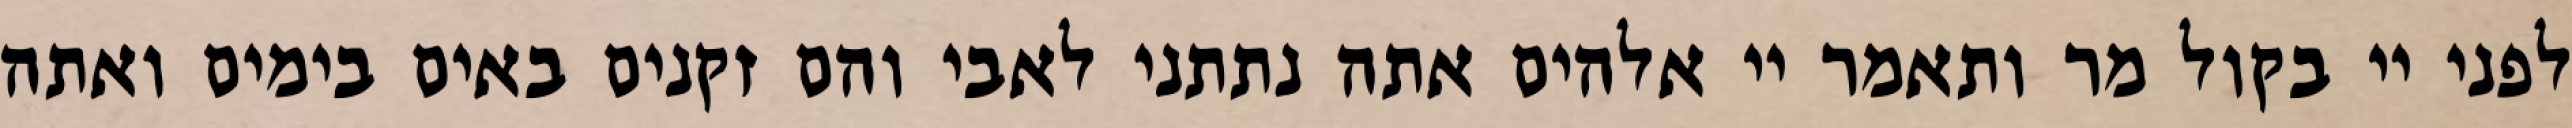
לפני יי בקול מר ותאמר יי אלהים אתה נתתני לאבי והם זקנים באים בימים ואתה